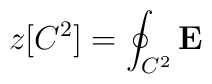
z[C^2]=\oint_{C^2}{\mathbf E}